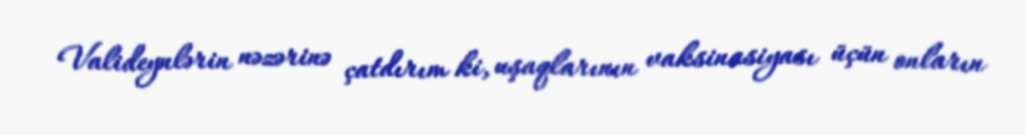
Valideynlərin nəzərinə çatdırım ki, uşaqlarının vaksinasiyası üçün onların